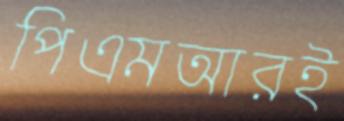
পিএমআরই